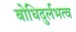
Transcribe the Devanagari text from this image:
बोधिदुर्लभत्व